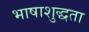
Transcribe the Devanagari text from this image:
भाषाशुद्धता